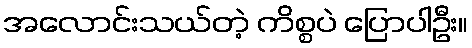
အလောင်းသယ်တဲ့ ကိစ္စပဲ ပြောပါဦး။